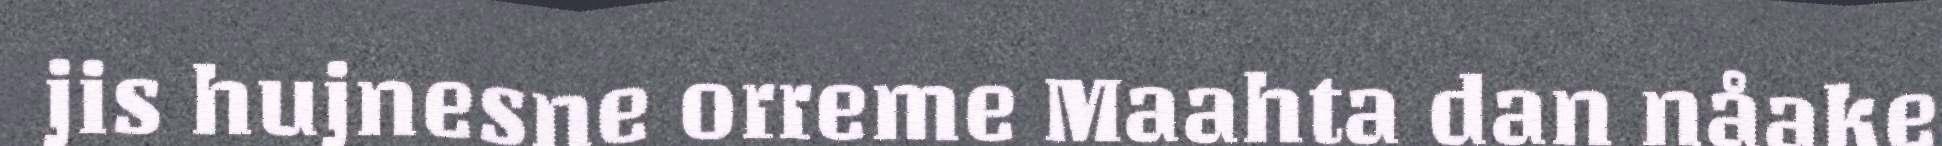
jis hujnesne orreme Maahta dan nåake